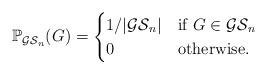
LaTeX: \begin{align*}\mathbb{P}_{\mathcal{GS}_n}(G)= \begin{cases} 1 / |\mathcal{GS}_n| & \mbox{if } G \in \mathcal{GS}_n \\ 0 & \mbox{otherwise.} \end{cases}\end{align*}